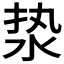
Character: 𰛣